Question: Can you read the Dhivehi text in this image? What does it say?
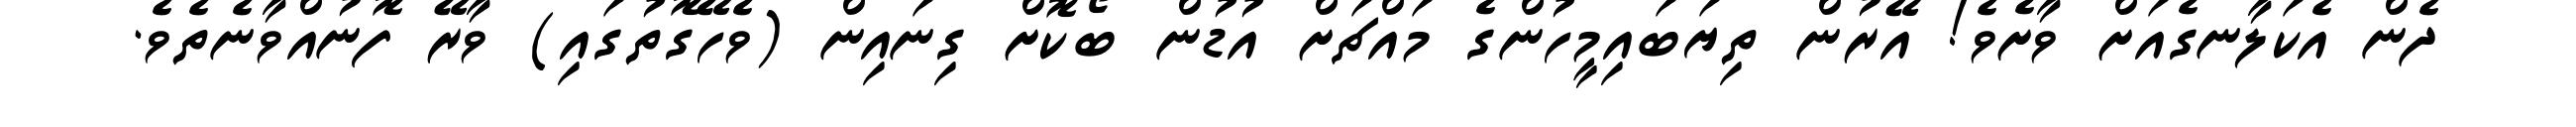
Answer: ދެން އެކަލާނގެއަށް ވާށެވެ! އޭރުން ތިޔަބައިމީހުންގެ މައްޗަށް އުޑުން ބޯކޮށް ގިނައިން (ވެހޭގޮތުގައި) ވާރޭ ފޮނުއްވާނެތެވެ.